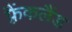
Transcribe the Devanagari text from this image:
फ़्रैंकलैंड